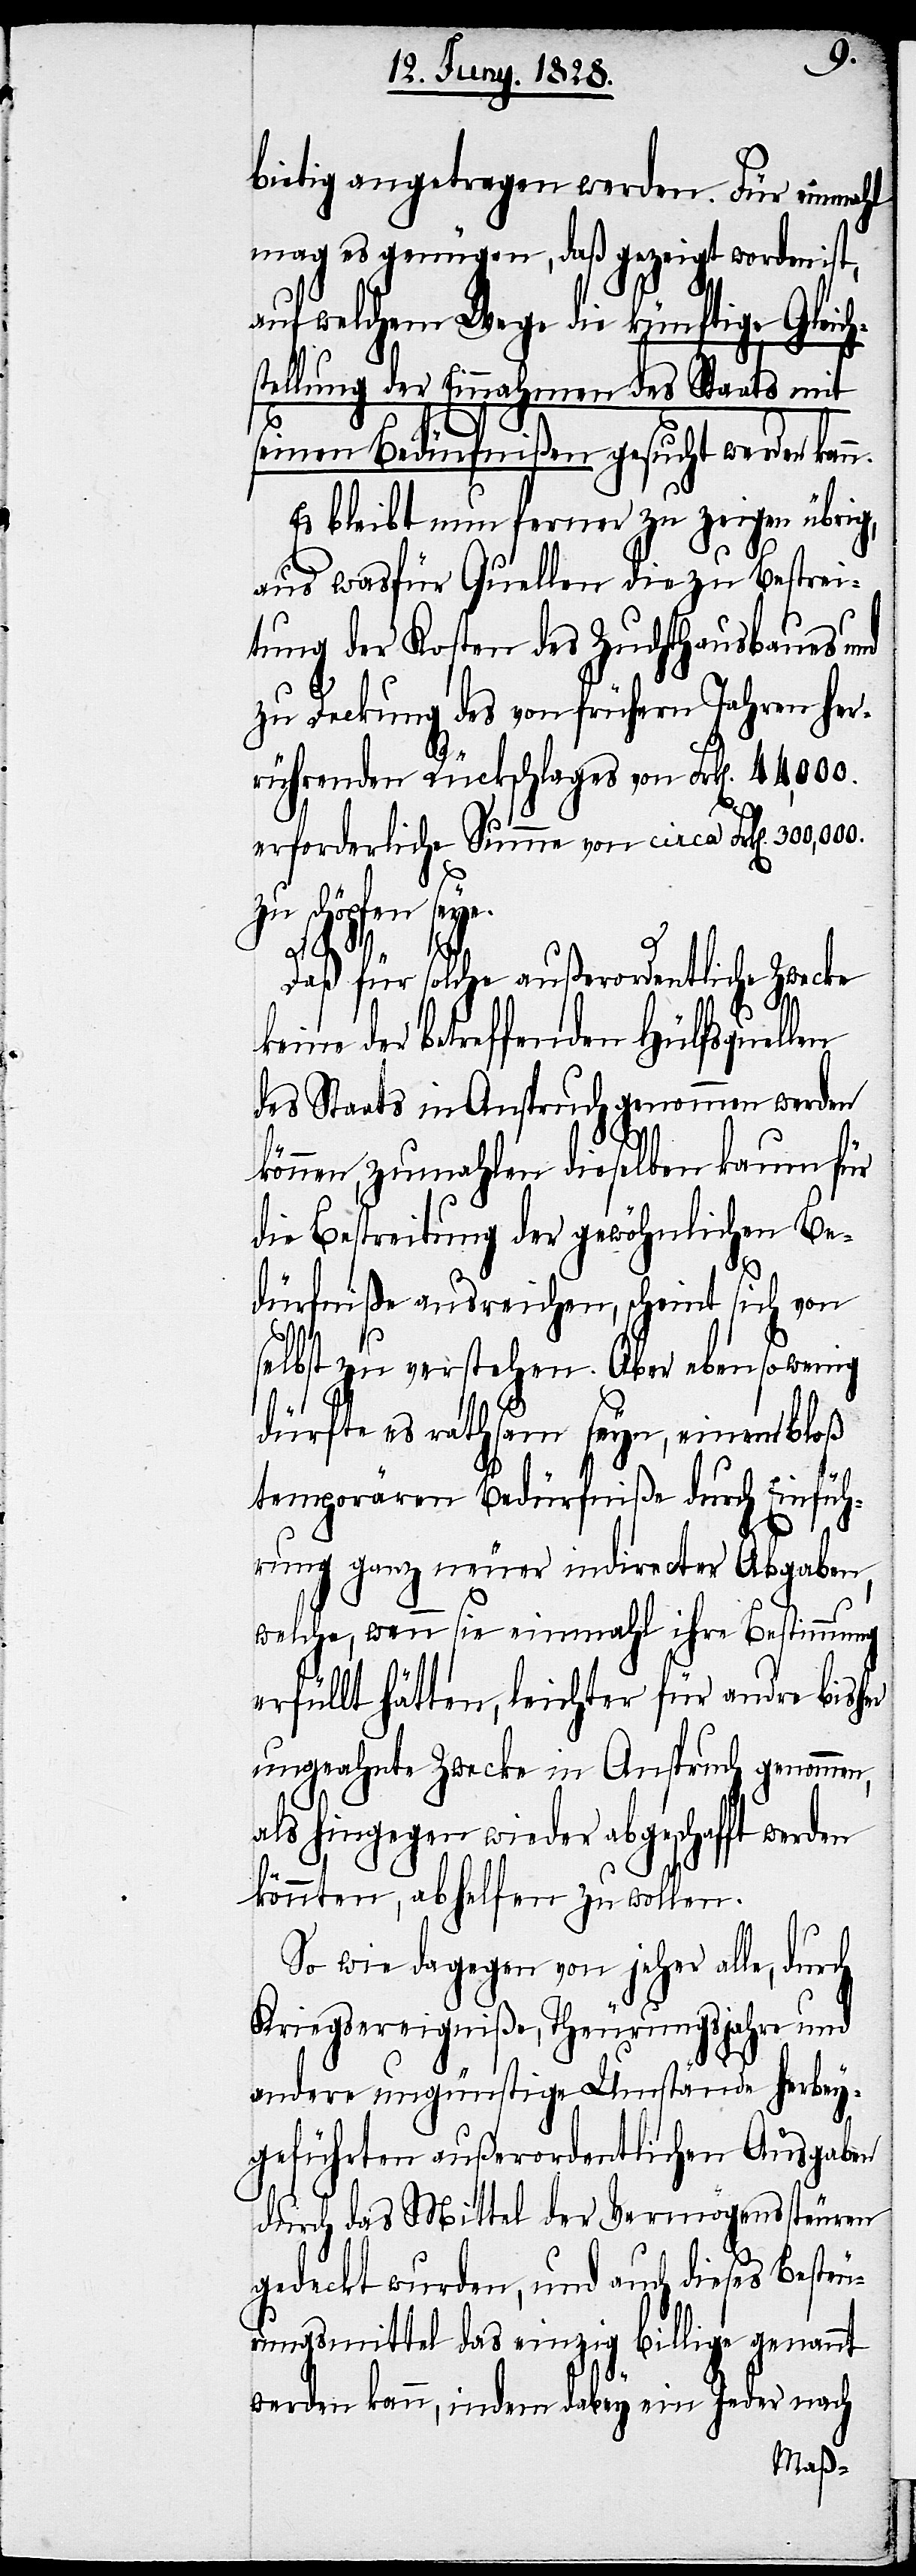
bietig angetragen werden. Für einmahl
mag es genügen, daß gezeigt worden ist,
auf welchem Wege die künftige Gleich¬
stellung der Einnahmen des Staats mit
seinen Bedürfnißen gesucht werden kann.
den
Daß für solche außerordentliche Zwecke
keine der betreffenden Hülfsquellen
des Staats in Anspruch genommen werden
können, zumahlen dieselben kaum für
die Bestreitung der gewöhnlichen Be¬
dürfniße ausreichen, scheint sich von
selbst zu verstehen. Aber eben so wenig
dürfte es rathsam seyn, einem bloß
temporären Bedürfniße durch Einfüh¬
rung ganz neuer indirecter Abgaben,
welche, wenn sie einmahl ihre Bestimmung
erfüllt hätten, leichter für andre bisher
ungeahnte Zwecke in Anspruch genommen,
als hingegen wieder abgeschafft wer¬
könnten, abhelfen zu wollen.
So wie dagegen von jeher alle, durch
Kriegsereigniße, Theurungsjahre und
andre ungünstige Umstände herbey¬
geführten außerordentlichen Ausgaben
durch das Mittel der Vermögenssteuern
gedeckt wurden, und auch dieses Besteu¬
rungsmittel das einzig billige genannt
werden kann, indem dabey ein Jeder nach